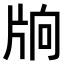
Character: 𤖽